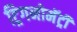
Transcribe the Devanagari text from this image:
ट्रिगनोमॅट्री